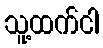
သူ့ထက်ငါ